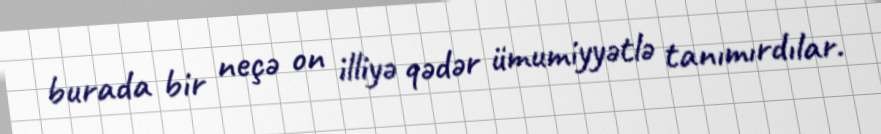
burada bir neçə on illiyə qədər ümumiyyətlə tanımırdılar.